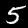
Digit: 5